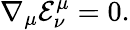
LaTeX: {\nabla_{\mu}}{{\mathcal{E}}_{\nu}^{\mu}}=0.